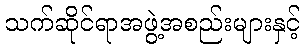
သက်ဆိုင်ရာအဖွဲ့အစည်းများနှင့်